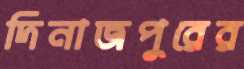
দিনাজপুরের